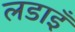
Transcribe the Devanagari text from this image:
लडाइँ